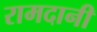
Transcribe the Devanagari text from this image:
रामदानी